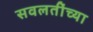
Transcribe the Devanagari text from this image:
सवलतींच्या